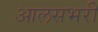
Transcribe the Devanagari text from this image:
आलसभरी